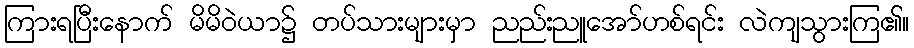
ကြားရပြီးနောက် မိမိဝဲယာ၌ တပ်သားများမှာ ညည်းညူအော်ဟစ်ရင်း လဲကျသွားကြ၏။